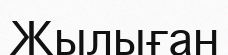
Жылыған